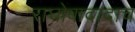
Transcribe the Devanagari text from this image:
राघोबादादाच